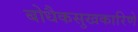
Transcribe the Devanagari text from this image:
बोधैकसुखकारिणे